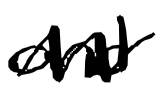
Text: and
Cross-out: zig-zag
Writing tool: digital_black